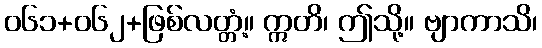
၀၆၁+၀၆၂+ဖြစ်လတ္တံ့။ ဣတိ၊ ဤသို့။ ဗျာကာသိ၊